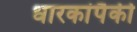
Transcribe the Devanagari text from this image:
धारकांपैकी